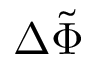
\Delta \tilde { \Phi }